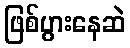
ဖြစ်ပွားနေဆဲ